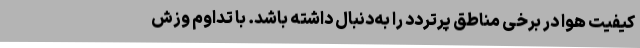
کیفیت هوا در برخی مناطق پرتردد را به‌دنبال داشته باشد. با تداوم وزش